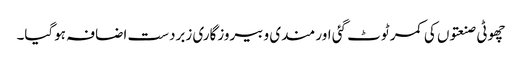
چھوٹی صنعتوں کی کمر ٹوٹ گئی اور مندی و بیروزگاری زبردست اضافہ ہوگیا۔